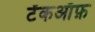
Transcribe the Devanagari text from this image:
टेंकऑफ़